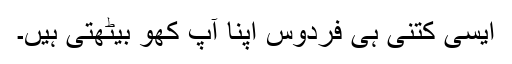
ایسی کتنی ہی فردوس اپنا آپ کھو بیٹھتی ہیں۔